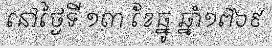
នៅថ្ងៃទី ១៣ ខែធ្នូ ឆ្នាំ១៧៦៩